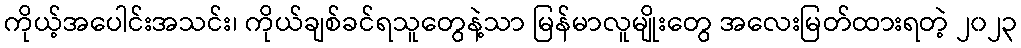
ကိုယ့်အပေါင်းအသင်း၊ ကိုယ်ချစ်ခင်ရသူတွေနဲ့သာ မြန်မာလူမျိုးတွေ အလေးမြတ်ထားရတဲ့ ၂၀၂၃